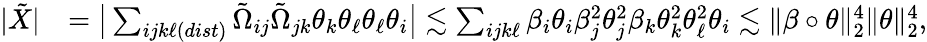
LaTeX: \begin{array}{rl}{|\tilde{X}|}&{=\big|\sum_{ijk\ell(dist)}\tilde{\Omega}_{ij}\tilde{\Omega}_{jk}\theta_{k}\theta_{\ell}\theta_{\ell}\theta_{i}\big|\lesssim\sum_{ijk\ell}\beta_{i}\theta_{i}\beta_{j}^{2}\theta_{j}^{2}\beta_{k}\theta_{k}^{2}\theta_{\ell}^{2}\theta_{i}\lesssim\| \beta\circ\theta\| _{2}^{4}\| \theta\| _{2}^{4},}\end{array}